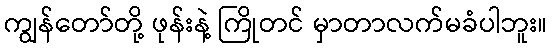
ကျွန်တော်တို့ ဖုန်းနဲ့ ကြိုတင် မှာတာလက်မခံပါဘူး။